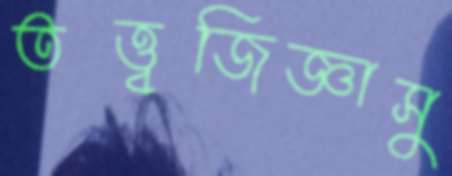
তত্ত্বজিজ্ঞাসু